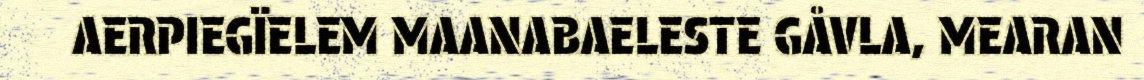
AERPIEGÏELEM MAANABAELESTE GÅVLA, MEARAN